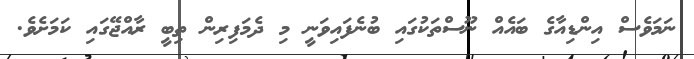
ނަމަވެސް އިންޑިއާގެ ބައެއް ނޫސްތަކުގައި ބުނެފައިވަނީ މި ދެމަފިރިން ތިބީ ރާއްޖޭގައި ކަަމަށެވެ.